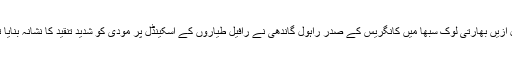
قبل ازیں بھارتی لوک سبھا میں کانگریس کے صدر راہول گاندھی نے رافیل طیاروں کے اسکینڈل پر مودی کو شدید تنقید کا نشانہ بنایا تھا۔